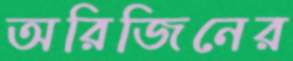
অরিজিনের